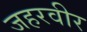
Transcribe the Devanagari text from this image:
जहरवीर